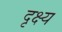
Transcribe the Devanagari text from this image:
दृक्ष्य